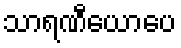
သာရဏီယောပေ